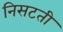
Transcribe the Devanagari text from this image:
निसटती